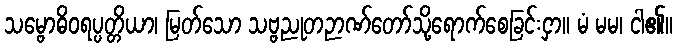
သမ္ဗောဓိဝရပ္ပတ္တိယာ၊ မြတ်သော သဗ္ဗညုတဉာဏ်တော်သို့ရောက်စေခြင်းငှာ။ မံ မမ၊ ငါ၏။